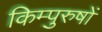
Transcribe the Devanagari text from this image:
किम्पुरुषों